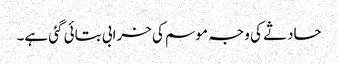
حادثے کی وجہ موسم کی خرابی بتائی گئی ہے۔